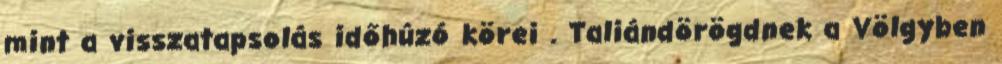
mint a visszatapsolás időhúzó körei . Taliándörögdnek a Völgyben